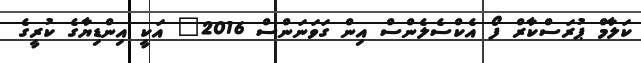
ކަލާމް ޕުރަސްކާރް ފޯ އެކްސެލެންސް އިން ގަވަނަންސް 2016" އަކީ އިންޑިޔާގެ ކުރީގެ